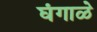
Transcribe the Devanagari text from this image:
घंगाळे